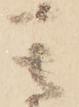
き